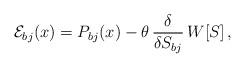
LaTeX: \begin{align*}{\cal E}_{bj}(x) =P_{bj}(x) - \theta \, \frac{\delta}{\delta S_{bj}}\, W[S]\,,\end{align*}